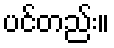
ပင်တည်း။